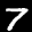
Label: 7